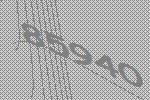
85940